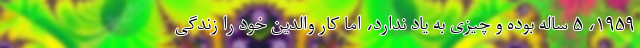
۱۹۵۹، ۵ ساله بوده و چیزی به یاد ندارد، اما کارِ والدین خود را زندگیِ